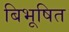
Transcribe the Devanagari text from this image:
बिभूषित